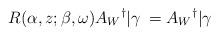
LaTeX: \begin{align*}R(\alpha,z;\beta,\omega)A_W{}^{\dag}|\gamma\> = A_W{}^{\dag}|\gamma\>\end{align*}